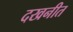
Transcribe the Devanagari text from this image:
दखनीत